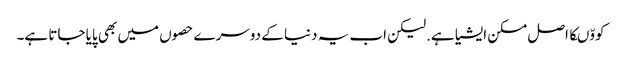
کووّںکا اصل مسکن ایشیا ہے.لیکن اب یہ دنیا کے دوسرے حصوں میں بھی پایا جاتا ہے۔